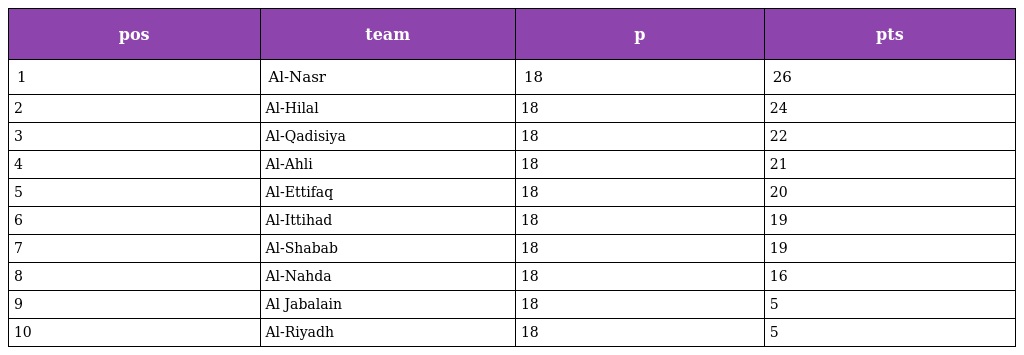
| pos | team | p | pts |
 | --- | --- | --- | --- |
 | 1 | Al-Nasr | 18 | 26 |
 | 2 | Al-Hilal | 18 | 24 |
 | 3 | Al-Qadisiya | 18 | 22 |
 | 4 | Al-Ahli | 18 | 21 |
 | 5 | Al-Ettifaq | 18 | 20 |
 | 6 | Al-Ittihad | 18 | 19 |
 | 7 | Al-Shabab | 18 | 19 |
 | 8 | Al-Nahda | 18 | 16 |
 | 9 | Al Jabalain | 18 | 5 |
 | 10 | Al-Riyadh | 18 | 5 |